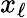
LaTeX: x_{\ell}